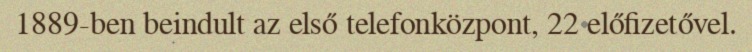
1889-ben beindult az első telefonközpont, 22 előfizetővel.